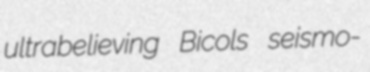
ultrabelieving Bicols seismo-